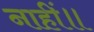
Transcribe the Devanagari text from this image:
नाहीं॥